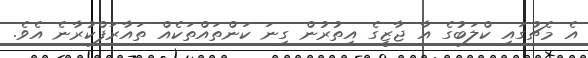
އެ މެޗުގައި ކްލަބުގެ އާ ޖާޒީގެ އިތުރުން ގިނަ ކަންތައްތަކެއް ތައާރަފްކުރާނެ އެވެ.